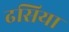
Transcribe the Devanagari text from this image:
ढसिया